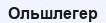
Ольшлегер